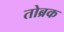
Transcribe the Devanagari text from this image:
तोब्रक